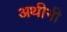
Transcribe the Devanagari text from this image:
अथीनी